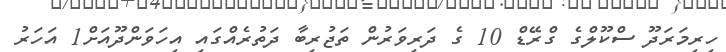
ހިރިމަރަދޫ ސްކޫލްގެ ގްރޭޑް 10 ގެ ދަރިވަރުން ތަޖުރިބާ ދަތުރެއްގައި އިހަވަންދޫއަށް1 އަހަރު